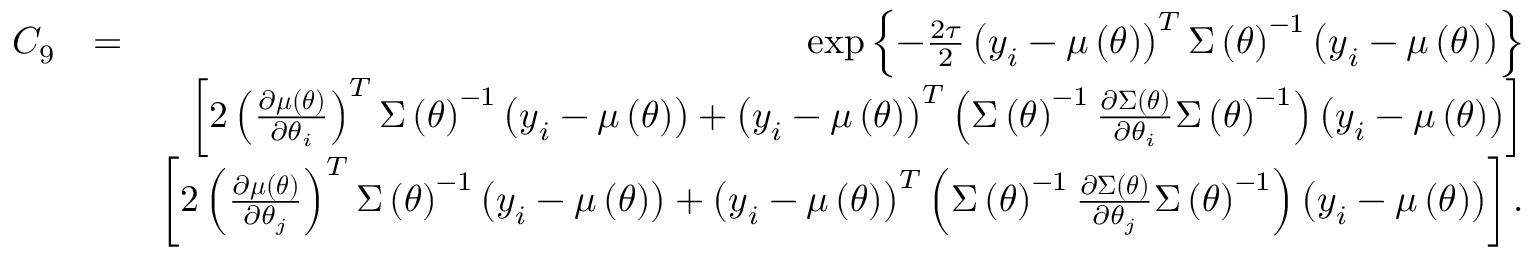
\begin{array} { r l r } { C _ { 9 } } & { = } & { \exp \left\{ - \frac { 2 \tau } { 2 } \left( \boldsymbol { y } _ { i } - \boldsymbol { \mu } \left( \boldsymbol { \theta } \right) \right) ^ { T } \boldsymbol { \Sigma } \left( \boldsymbol { \theta } \right) ^ { - 1 } \left( \boldsymbol { y } _ { i } - \boldsymbol { \mu } \left( \boldsymbol { \theta } \right) \right) \right\} } \\ & { } & { \left[ 2 \left( \frac { \partial \boldsymbol { \mu } \left( \boldsymbol { \theta } \right) } { \partial \theta _ { i } } \right) ^ { T } \boldsymbol { \Sigma } \left( \boldsymbol { \theta } \right) ^ { - 1 } \left( \boldsymbol { y } _ { i } - \boldsymbol { \mu } \left( \boldsymbol { \theta } \right) \right) + \left( \boldsymbol { y } _ { i } - \boldsymbol { \mu } \left( \boldsymbol { \theta } \right) \right) ^ { T } \left( \boldsymbol { \Sigma } \left( \boldsymbol { \theta } \right) ^ { - 1 } \frac { \partial \boldsymbol { \Sigma } \left( \boldsymbol { \theta } \right) } { \partial \theta _ { i } } \boldsymbol { \Sigma } \left( \boldsymbol { \theta } \right) ^ { - 1 } \right) \left( \boldsymbol { y } _ { i } - \boldsymbol { \mu } \left( \boldsymbol { \theta } \right) \right) \right] } \\ & { } & { \left[ 2 \left( \frac { \partial \boldsymbol { \mu } \left( \boldsymbol { \theta } \right) } { \partial \theta _ { j } } \right) ^ { T } \boldsymbol { \Sigma } \left( \boldsymbol { \theta } \right) ^ { - 1 } \left( \boldsymbol { y } _ { i } - \boldsymbol { \mu } \left( \boldsymbol { \theta } \right) \right) + \left( \boldsymbol { y } _ { i } - \boldsymbol { \mu } \left( \boldsymbol { \theta } \right) \right) ^ { T } \left( \boldsymbol { \Sigma } \left( \boldsymbol { \theta } \right) ^ { - 1 } \frac { \partial \boldsymbol { \Sigma } \left( \boldsymbol { \theta } \right) } { \partial \theta _ { j } } \boldsymbol { \Sigma } \left( \boldsymbol { \theta } \right) ^ { - 1 } \right) \left( \boldsymbol { y } _ { i } - \boldsymbol { \mu } \left( \boldsymbol { \theta } \right) \right) \right] . } \end{array}